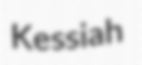
Kessiah